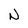
Character: N